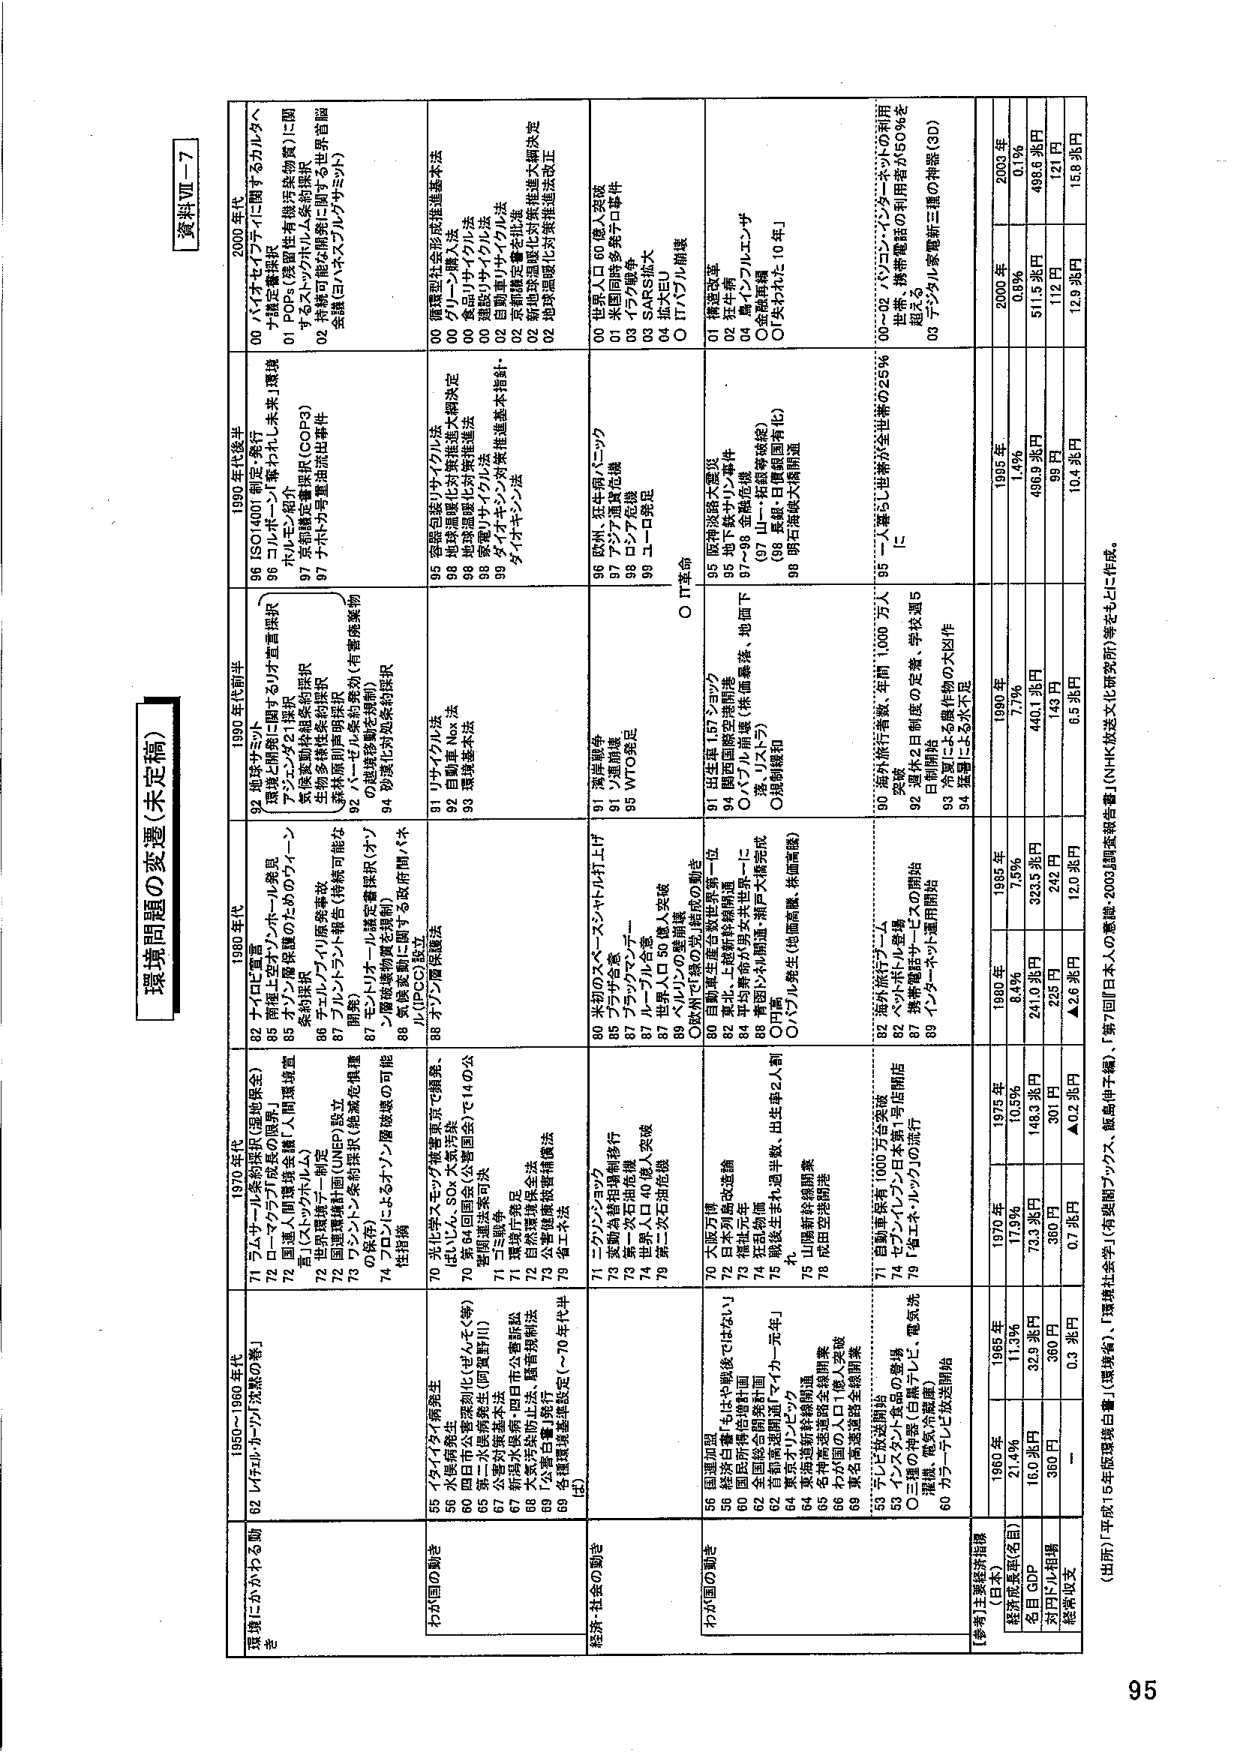
環境問題の変遷（未定稿）

資料Ⅶ－７

環境にかかわる動向

1950～1960年代
71 フェナール系汚染（昭和地保全）
72 ロックアフリカ汚染の発生
72 国連人間環境会議（人間環境宣言）
72 ミルク・ポリルム
72 国際環境評価（UNEP）設立
73 フロン・系汚染（絶滅危惧種の保存）
74 フロンによるオゾン層破壊の可能性指摘

1970年代
82 オイルショック
83 理想生活のイン・ホーホー発見
85 オゾン層破壊のためのフロン系汚染
86 チル・フロン汚染事故
87 ブルーフロン汚染（持続可能エネルギー）
87 モノトロール指定書取扱（オゾン層破壊物質を規制）
88 気候変動に関する政府間パネル（IPCC）設立

1980年代
92 地球サミット
92 地球と開発に関するリオ宣言採択
92 メンズ・21採択
92 気候変動枠組条約採択
92 生物多様性条約採択
92 素材原則声明採択
92 ハーゼル条約採択（有害廃棄物の越境移動を規制）
94 砂漠化対策条約採択

1990年代後半
96 ISO14001制度の発行
96 コルポレート・ネクスト未来」環境
97 ホルモン類対策
97 系統的環境保全（COP3）
97 ナトリウム等重金属排出事件

2000年代
00 パンセイ・アートに関するカルタヘナ議定書採択
01 フォスファリル系汚染物質に関
するストックホルム条約採択
02 特殊可燃性廃棄物に関する世界首脳会議（ヨハネスブルグサミット）

わが国の動向

1950～1960年代
55 イタリアイタイ病発生
56 水俣病発生
59 四日市公害深刻化（ぜんそく等）
65 第二次水俣病発生（阿賀野川）
67 新潟水俣病・四日市公害訴訟
68 大気汚染防止法、騒音規制法
69 「公害白書」発行
69 各種環境基準設定（～70年代半ば）

1970年代
70 光化学スモッグ被害宣言（横浜、はいしん、SOx 大気汚染）
70 第64回国会（公害国会）で14の公害関連法案可決
71 三重県争
71 環境庁発足
72 自然環境保全法
73 公害健康被害補償法
79 復工不法

1980年代
80 米国のスペース・シャトル打上げ
85 フラッグ会談
87 ブラックマンデー
87 ル・ブロン会談
87 世界人口50億人突破
89 ベルリンの壁崩壊
〇欧州・CF条約の発効（炭化水素の動き）

1990年代後半
91 リサイクル法
92 自動車Nox法
93 環境基本法

2000年代
00 環境社会形成推進基本法
00 フリーコンプレッサ法
00 食品リサイクル法
00 建設リサイクル法
02 自動車リサイクル法
02 資源循環推進法
02 新規医薬品対策推進法
02 地球温暖化対策推進法改正

経済・社会の動向

1950～1960年代
71 ニッポンショック
72 家庭内相対増税移行
73 第一次石油危機
74 世界人口40億人突破
79 第二次石油危機

1970年代
70 天皇万歳
72 日本列島改造論
73 環境庁発足
74 花見山物語
75 誕生後半から過半数、出生率2人制（17年）
75 山陽新幹線開業
78 成田空港開港

1980年代
80 自動車生産台数世界第一位
82 東北・上越新幹線開通
84 長谷川秀幸（日本共産党）一任
88 東京オリンピック開催・湖岸大橋完成
〇IT革命

1990年代後半
91 出生率1.57ショック
94 関西国際空港開港
95 地下鉄サリン事件
97 ブルーム崩壊（米国華族、地下下落）
97 ブルーム崩壊（米国華族、地下下落）
98 金融危機
〇バブル崩壊
〇東京電力（東京電力）
〇金融再編
〇「失われた10年」

2000年代
00 世界人口60億人突破
01 米国同時多発テロ事件
03 イラク戦争
03 SARSH大
04 北大EU
〇IT・ケンブリッジ崩壊

わが国の動向

1950～1960年代
56 国連加盟
56 経済白書「もはや戦後ではない」
60 国防衛条約締結
62 全国総合開発計画
62 首都高速道路「マイカー元年」
64 東京オリンピック
64 東海道新幹線開通
65 全神奈川県道全線開業
66 わが国の人口（億人突破）
69 東名高速道路全線開業

1970年代
71 自動車保有1000万台突破
74 セブン・イレブン日本第1号店開店
79 「電エネ・ルック」の流行
82 海外旅行者数、年間1,000万人突破
87 ペットボトル生産
89 インターネット運用開始

1980年代
80 自動車生産台数世界第一位
82 東北・上越新幹線開通
84 長谷川秀幸（日本共産党）一任
88 東京オリンピック開催・湖岸大橋完成
〇IT革命

1990年代後半
91 出生率1.57ショック
94 関西国際空港開港
95 地下鉄サリン事件
97 ブルーム崩壊（米国華族、地下下落）
97 ブルーム崩壊（米国華族、地下下落）
98 金融危機
〇バブル崩壊
〇東京電力（東京電力）
〇金融再編
〇「失われた10年」

2000年代
00 世界人口60億人突破
01 米国同時多発テロ事件
03 イラク戦争
03 SARSH大
04 北大EU
〇IT・ケンブリッジ崩壊

【参考】主要経済指標（日本）

1960年
1965年
1970年
1975年
1980年
1985年
1990年
2000年
2003年

経済成長率（名目）
21.4％
11.3％
17.9％
10.5％
8.4％
7.5％
1.4％
0.8％
0.1％

名目GDP
160兆円
329兆円
753兆円
1483兆円
2410兆円
3235兆円
4401兆円
4969兆円
4968兆円

対円ドル相場
360円
360円
360円
301円
226円
246円
145円
112円
121円

経常収支
－
0.3兆円
0.7兆円
▲0.2兆円
6.5兆円
12.0兆円
10.4兆円
12.9兆円
15.8兆円

（出所）「平成15年版環境白書（環境省）」、「環境白書（環境省）」、「第7回『日本人の意識・2003』調査報告書（NHK放送文化研究所）」等をもとに作成。

00～02 パンセイ・アートの利用
世界、携帯電話の利用者2450％を超える
03 デジタル家電新三極の神話（3D）